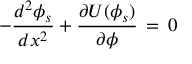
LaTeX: - \frac { d ^ { 2 } \phi _ { s } } { d x ^ { 2 } } + \frac { \partial U ( \phi _ { s } ) } { \partial \phi } \, = \, 0